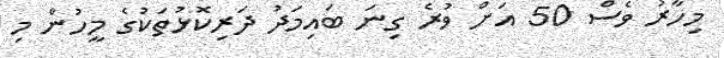
މިހާރު ވެސް 50 އަށް ވުރެ ގިނަ ބައިމަދު ދަރިކޮޅުތަކުގެ މީހުން މި